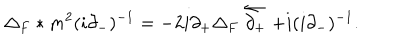
\Delta _ { F } \ast m ^ { 2 } ( i \partial _ { - } ) ^ { - 1 } = - 2 i \partial _ { + } \Delta _ { F } \stackrel { \leftarrow } { \partial _ { + } } + i ( i \partial _ { - } ) ^ { - 1 } .